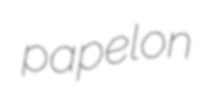
papelon